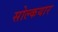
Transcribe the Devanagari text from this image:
सोल्कयार